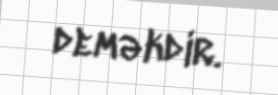
deməkdir.